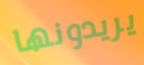
يريدونها